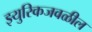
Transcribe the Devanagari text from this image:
झ्युरिकजवळील